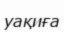
уақиға